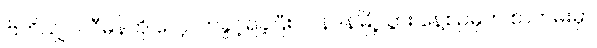
ဗြိတိသျှပါလီမန်ကို လေ့လာခွင့်ရခဲ့ပြီး လန်ဒန်မြို့သွား နေ့စဉ်မှတ် စာတမ်းမှာ